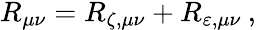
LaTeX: \begin{array}{r}{R_{\mu\nu}=R_{\zeta,\mu\nu}+R_{\varepsilon,\mu\nu}\: ,}\end{array}